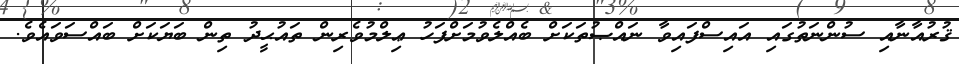
ޤުރުއާނާއި ސުންނަތުގައި އައިސްފައިވާ ނައްޞުތަކަށް ބެއްލެވުމަށްފަހު ޢިލްމުވެރިން ތައުޙީދު ތިން ބަޔަކަށް ބައްސަވައެވެ.